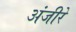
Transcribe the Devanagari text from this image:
अंजीरे